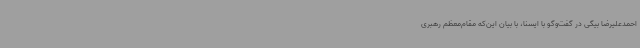
احمدعلیرضا بیگی در گفت‌وگو با ایسنا، با بیان این‌که مقام‌معظم رهبری